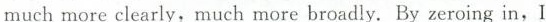
much more clearly, much more broadly. By zeroing in,I